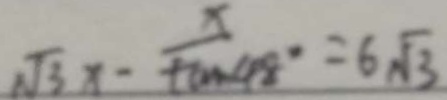
\sqrt { 3 } x - \frac { x } { \tan 4 8 ^ { \circ } } = 6 \sqrt { 3 }